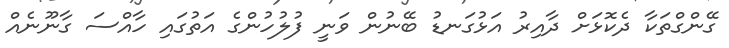
ގޭންގްތަކާ ދެކޮޅަށް ދާއިރު އަޅުގަނޑު ބޭނުން ވަނީ ފުލުހުންގެ އަތުގައި ހާއްސަ ގާނޫނެއް